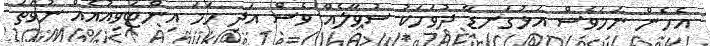
އެހެން ނަމަވެސް އަޅުގަނޑާ ދުވަހަކު ސުވާލެއް ވެސް އަދި ހަމަ އިންޓަވިއުއެއް ނުވަތަ